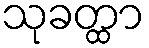
သုခတ္ထာ